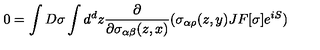
0 = \int D \sigma \int d ^ { d } z { \frac { \partial } { \partial \sigma _ { \alpha \beta } ( z , x ) } } ( \sigma _ { \alpha \rho } ( z , y ) J F [ \sigma ] e ^ { i S } )